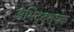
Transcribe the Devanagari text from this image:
अभिद्दश्यक